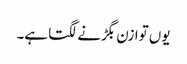
یوں توازن بگڑنے لگتا ہے۔